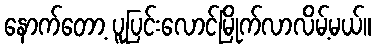
နောက်တော့ ပူပြင်းလောင်မြိုက်လာလိမ့်မယ်။